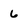
Character: 6